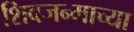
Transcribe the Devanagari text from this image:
शिवजन्माच्या